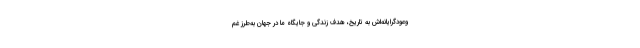
وعودگرایانه‌اش به تاریخ، هدف زندگی و جایگاه ما در جهان به‌طرز غم‌